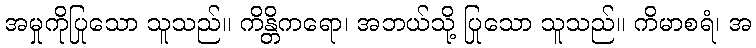
အမှုကိုပြုသော သူသည်။ ကိန္တိကရော၊ အဘယ်သို့ ပြုသော သူသည်။ ကိမာစရံ၊ အ